画像に写った文字を読んでください
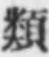
「類」と書いてあります